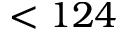
< 1 2 4